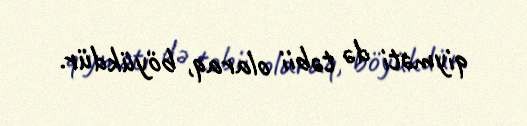
qiyməti də təbii olaraq, böyükdür.